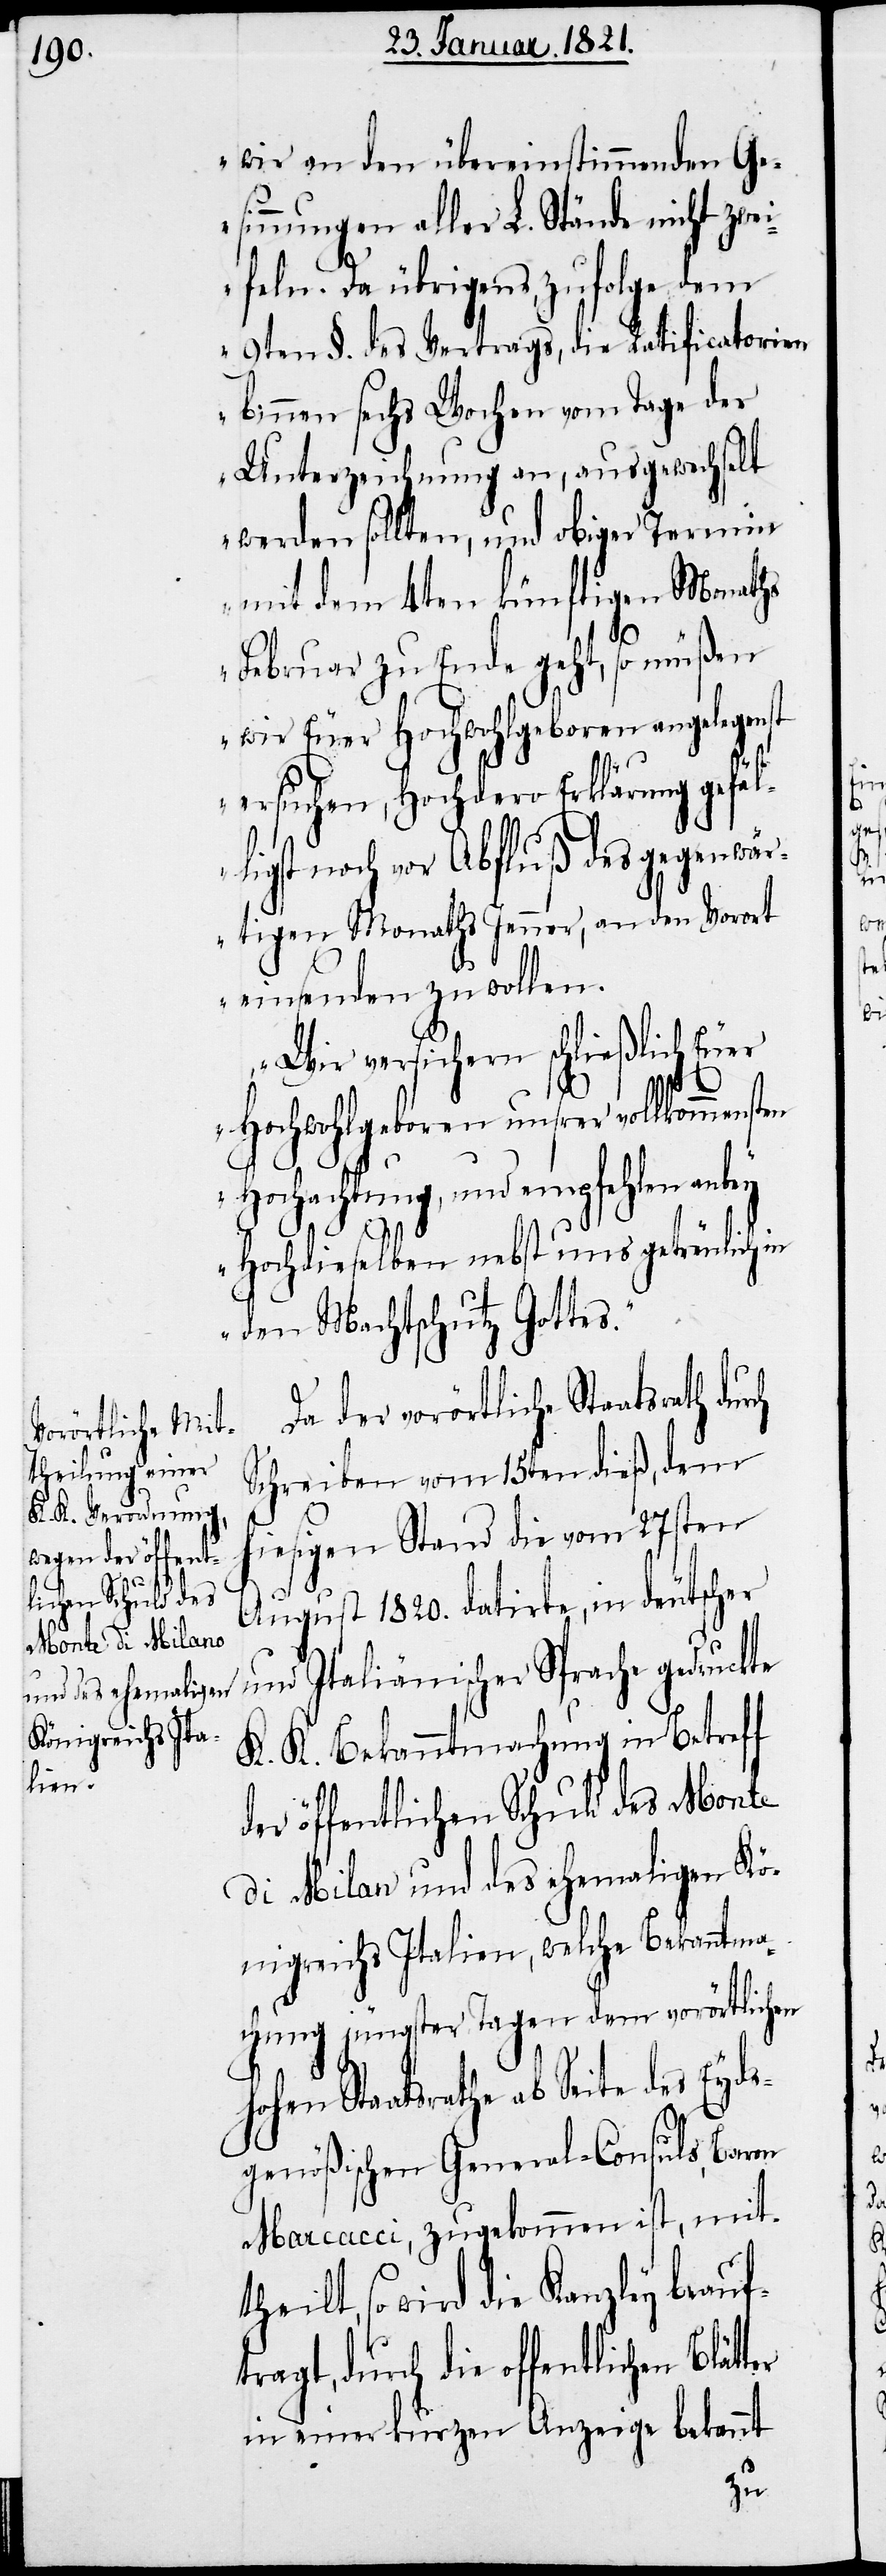
wir an den übereinstimmenden Ge¬
sinnungen aller L. Stände nicht zwei¬
feln. Da übrigens, zufolge dem
9ten §. des Vertrags, die Ratificatorien
binnen sechs Wochen vom Tage der
Unterzeichnung an, ausgewechselt
werden sollten, und obiger Termin
mit dem 4ten künftigen Monaths
Februar zu Ende geht, so müßen
wir Euer Hochwohlgeboren angelegenst
ersuchen, Hochdero Erklärung gefäl¬
ligst noch vor Abfluß des gegenwär¬
tigen Monaths Jenner, an den Vorort
einsenden zu wollen.
Wir versichern schließlich euer
Hochwohlgeboren unsrer vollkommens¬
Hochachtung, und empfehlen anbey
Hochdieselben nebst uns getreulich in
den Machtschutz Gottes.“
Da der vorörtliche Staatsrath
Schreiben vom 15ten dieß, dem
hiesigen Stand die vom 27sten
August 1820. datirte, in deutscher
te
und Italiänischer Sprache gedruck¬
K. K. Bekanntmachung in Betreff
der öffentlichen Schuld des Monte
di Milano und des ehemaligen Kö¬
nigreichs Italien, welche Bekanntma¬
chung jüngster Tagen dem vorörtlichen
hohen Staatsrathe ab Seite des Eyds¬
genößischen General-Consuls, Baron
Marcacci, zugekommen ist, mitt¬
heilt, so wird die Kanzley beauf¬
tragt, durch die offentlichen
in einer kurzen Anzeige bekannt